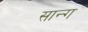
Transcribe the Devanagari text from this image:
सान्ग